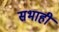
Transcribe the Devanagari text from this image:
सभाही